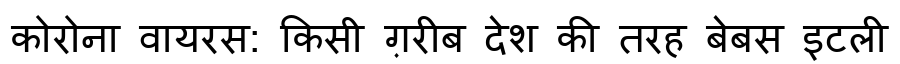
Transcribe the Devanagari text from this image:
कोरोना वायरस: किसी ग़रीब देश की तरह बेबस इटली